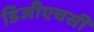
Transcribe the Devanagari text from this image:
डिजीएचसी